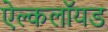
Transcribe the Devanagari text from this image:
ऐल्कलॉयड